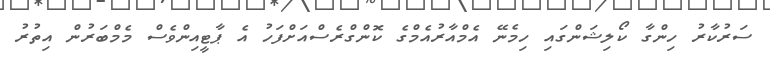
ސަރުކާރު ހިންގާ ކޯލިޝަންގައި ހިމެނޭ އެމްއާރުއެމްގެ ކޮންގްރެސްއަށްފަހު އެ ޕާޓީއިންވެސް މެމްބަރުން އިތުރު